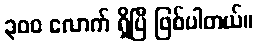
၃ဝဝ လောက် ရှိပြီ ဖြစ်ပါတယ်။